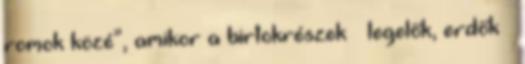
romok közé”, amikor a birtokrészek – legelők, erdők –